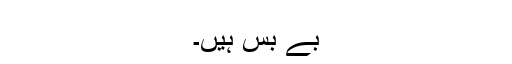
بے بس ہیں۔